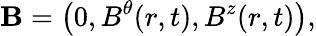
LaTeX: {\mathbf{B}}=\left({0,B^{\theta}(r,t),B^{z}(r,t)}\right),